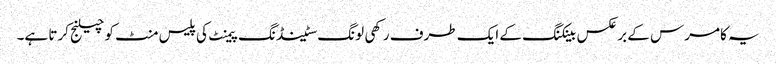
یہ کامرس کے بر عکس بینکنگ کے ایک طرف رکھی لونگ سٹینڈنگ پیمنٹ کی پلیس منٹ کو چیلنج کرتا ہے۔